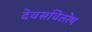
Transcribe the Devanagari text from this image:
देवसवितरेष